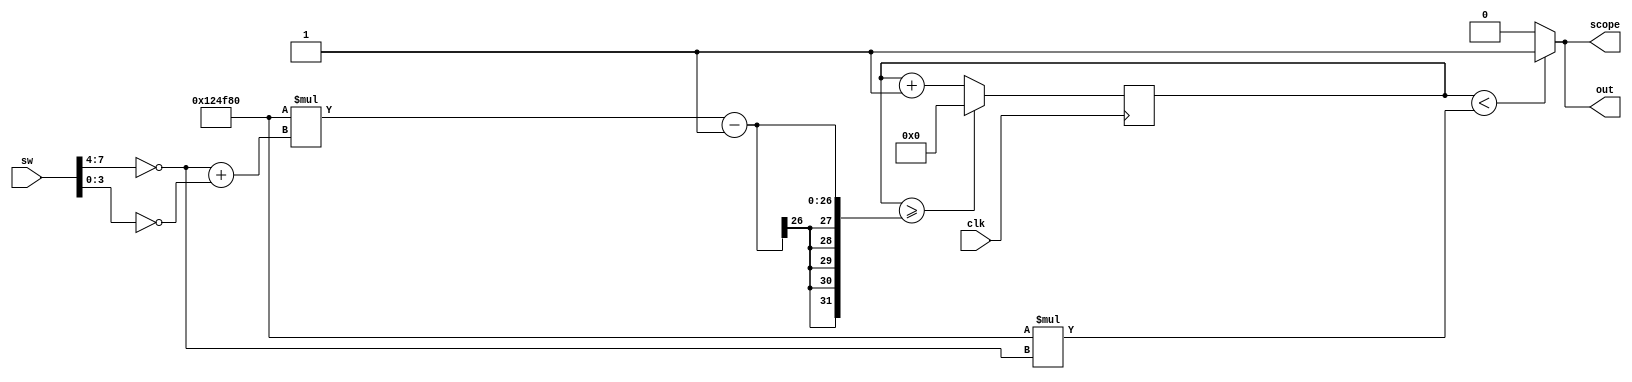
module squareWaveGenerator

	(
		input wire clk,         // input from clock source
		input wire [7:0] sw,    // input from dip switches
		output wire out,        // output to LED
		output wire scope       // output for oscilloscope
	);
	
	// constant declarations
	localparam cycles = 1200000;   // divisor of mod counter (number of clock cycles)
	localparam N = 26;             // width of register = ceiling( log(2, 1200000*15) )
	
	
	// internal signals 
	reg  [N-1:0] counter_reg;      // register for counter 
	wire [N-1:0] counter_next;     // next state output of counter

        wire [3:0] m , n;              // connections to input from dip switch
	assign m = ~sw[7:4];           // upper 4 switches assigned to decode ON interval multiplier
	assign n = ~sw[3:0];           // lower 4 switches assigned to decode OFF interval multiplier

	// counter register
	always @(posedge clk)               // on positive clock edge
            counter_reg <= counter_next;   // update register contents to next state logic

	// next state logic:  if counter register exceeds current reset value, reset to 0, else increment by 1
	assign counter_next = (counter_reg >= (cycles * (m + n)) - 1) ? 26'b0 : counter_reg + 1;
							 
        // assign output logic
	// when counter register is counting up in ON interval, set output to 1, else: 
	// if counter register is counting up in OFF interval, set output to 0
        assign out = (counter_reg < (cycles * m)) ? 1'b1 : 1'b0;	
	
	// route LED output to oscilloscope output
	assign scope = out;

endmodule